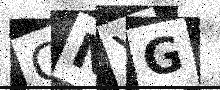
Text: GNYG